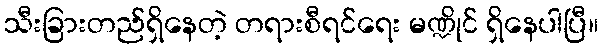
သီးခြားတည်ရှိနေတဲ့ တရားစီရင်ရေး မဏ္ဍိုင် ရှိနေပါပြီ။